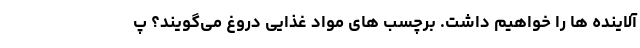
آلاینده ها را خواهیم داشت. برچسب ‌های مواد غذایی دروغ می‌گویند؟ پ